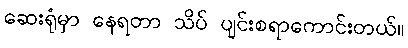
ဆေးရုံမှာ နေရတာ သိပ် ပျင်းစရာကောင်းတယ်။